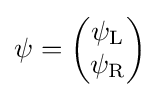
\psi ={\begin{pmatrix}\psi _{\text{L}}\\\psi _{\text{R}}\end{pmatrix}}